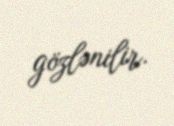
gözlənilir.